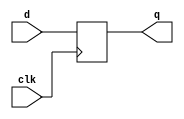
module dff (clk, d, q);
    input clk;
    input d;
    output reg q;
    
    always @(negedge clk)
      begin
         q <= d;
      end
      
endmodule